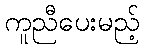
ကူညီပေးမည့်